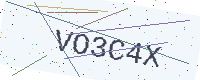
Text: VO3C4X